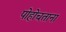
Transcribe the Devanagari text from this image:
पोहोचताना